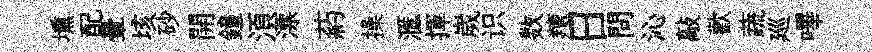
壎配暈垓砂開鐘湏漂葯操滙揮嵗识数羶日問沁敲歡蔬廵嗶